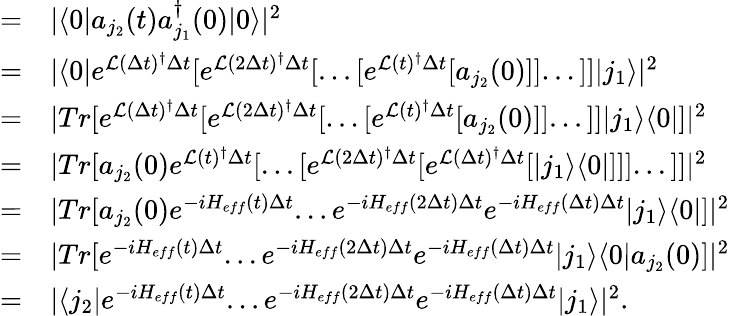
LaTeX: \begin{array}{rl}{=}&{{}|\langle 0|a_{j_{2}}(t)a_{j_{1}}^{\dagger}(0)|0\rangle|^{2}}\\ {=}&{{}|\langle 0|e^{\mathcal{L}(\Delta t)^{\dagger}\Delta t}[e^{\mathcal{L}(2\Delta t)^{\dagger}\Delta t}[...[e^{\mathcal{L}(t)^{\dagger}\Delta t}[a_{j_{2}}(0)]]...]]|j_{1}\rangle|^{2}}\\ {=}&{{}|Tr[e^{\mathcal{L}(\Delta t)^{\dagger}\Delta t}[e^{\mathcal{L}(2\Delta t)^{\dagger}\Delta t}[...[e^{\mathcal{L}(t)^{\dagger}\Delta t}[a_{j_{2}}(0)]]...]]|j_{1}\rangle\langle 0|]|^{2}}\\ {=}&{{}|Tr[a_{j_{2}}(0)e^{\mathcal{L}(t)^{\dagger}\Delta t}[...[e^{\mathcal{L}(2\Delta t)^{\dagger}\Delta t}[e^{\mathcal{L}(\Delta t)^{\dagger}\Delta t}[|j_{1}\rangle\langle 0|]]]...]]|^{2}}\\ {=}&{{}|Tr[a_{j_{2}}(0)e^{-iH_{eff}(t)\Delta t}...e^{-iH_{eff}(2\Delta t)\Delta t}e^{-iH_{eff}(\Delta t)\Delta t}|j_{1}\rangle\langle 0|]|^{2}}\\ {=}&{{}|Tr[e^{-iH_{eff}(t)\Delta t}...e^{-iH_{eff}(2\Delta t)\Delta t}e^{-iH_{eff}(\Delta t)\Delta t}|j_{1}\rangle\langle 0|a_{j_{2}}(0)]|^{2}}\\ {=}&{{}|\langle j_{2}|e^{-iH_{eff}(t)\Delta t}...e^{-iH_{eff}(2\Delta t)\Delta t}e^{-iH_{eff}(\Delta t)\Delta t}|j_{1}\rangle|^{2}.}\end{array}